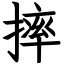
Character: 摔